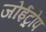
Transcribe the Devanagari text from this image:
जोईट्रोप